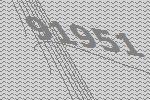
91951